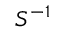
S ^ { - 1 }